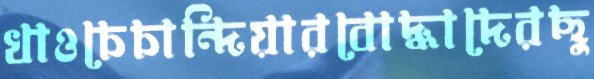
খাওচেচান্দিয়ারবোদ্ধাদেরছু